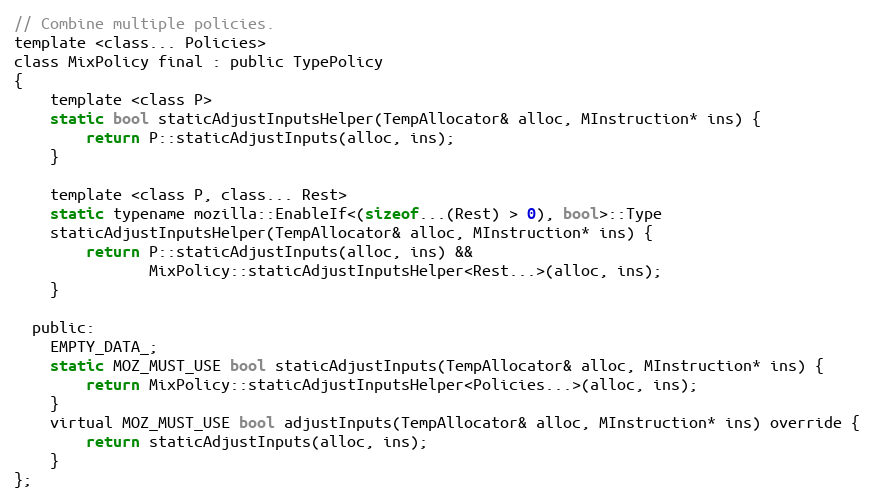
Language: C
// Combine multiple policies.
template <class... Policies>
class MixPolicy final : public TypePolicy
{
    template <class P>
    static bool staticAdjustInputsHelper(TempAllocator& alloc, MInstruction* ins) {
        return P::staticAdjustInputs(alloc, ins);
    }

    template <class P, class... Rest>
    static typename mozilla::EnableIf<(sizeof...(Rest) > 0), bool>::Type
    staticAdjustInputsHelper(TempAllocator& alloc, MInstruction* ins) {
        return P::staticAdjustInputs(alloc, ins) &&
               MixPolicy::staticAdjustInputsHelper<Rest...>(alloc, ins);
    }

  public:
    EMPTY_DATA_;
    static MOZ_MUST_USE bool staticAdjustInputs(TempAllocator& alloc, MInstruction* ins) {
        return MixPolicy::staticAdjustInputsHelper<Policies...>(alloc, ins);
    }
    virtual MOZ_MUST_USE bool adjustInputs(TempAllocator& alloc, MInstruction* ins) override {
        return staticAdjustInputs(alloc, ins);
    }
};